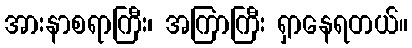
အားနာစရာကြီး၊ အကြာကြီး ရှာနေရတယ်။